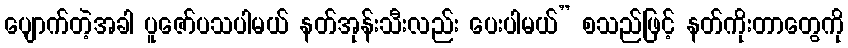
ပျောက်တဲ့အခါ ပူဇော်ပသပါမယ် နတ်အုန်းသီးလည်း ပေးပါမယ်” စသည်ဖြင့် နတ်ကိုးတာတွေကို